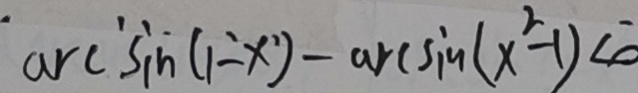
a r c ^ { \prime } \sin ( 1 - x ^ { 2 } ) - \arcsin ( x ^ { 2 } - 1 ) < 0